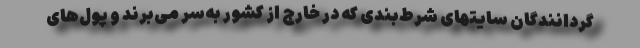
گردانندگان سایتهای شرط‌بندی که در خارج از کشور به‌سر می‌برند و پول‌های